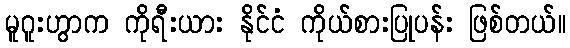
မူဂူးဟွာက ကိုရီးယား နိုင်ငံ ကိုယ်စားပြုပန်း ဖြစ်တယ်။